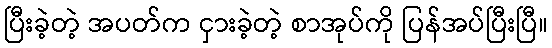
ပြီးခဲ့တဲ့ အပတ်က ငှားခဲ့တဲ့ စာအုပ်ကို ပြန်အပ်ပြီးပြီ။